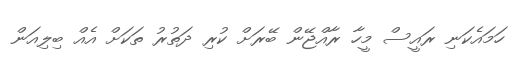
ހަމައެކަނި ރައީސް މީހާ ރާއްޖޭން ބޭރަށް ކުރި ދަތުރު ތަކަށް އެއް ބިލިއަން